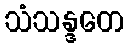
သံသန္ဒတေ